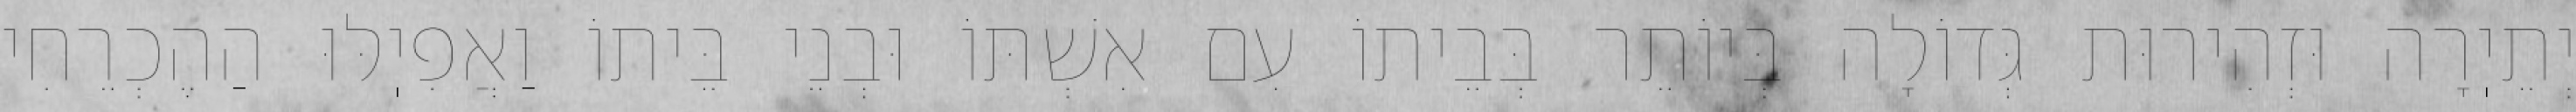
יְתֵיֽרָה וּזְהִירוּת גְּדוֹלָה בְּיוֹתֵר בְּבֵיתוֹ עִם אִשְׁתּוֹ וּבְנֵי בֵּיתוֹ וַאֲפִיֽלּוּ הַהֶכְרֵחִי